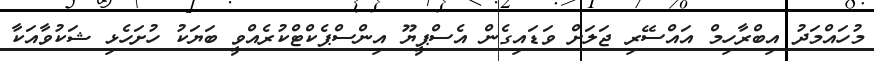
މުހައްމަދު އިބްރާހިމް އައްސޭރި ޖަލަށް ވަޑައިގެން އެސްޕީޔޫ އިންސްޕެކްޓްކުރެއްވީ ބަޔަކު ހުށަހެޅި ޝަކުވާއަކާ